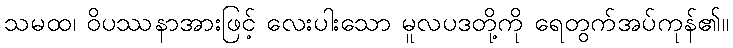
သမထ၊ ဝိပဿနာအားဖြင့် လေးပါးသော မူလပဒတို့ကို ရေတွက်အပ်ကုန်၏။